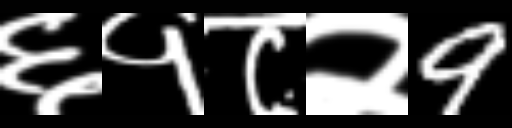
Text: ६१८२9